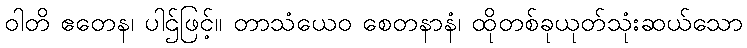
ဝါတိ ဧတေန၊ ပါဌ်ဖြင့်။ တာသံယေဝ စေတနာနံ၊ ထိုတစ်ခုယုတ်သုံးဆယ်သော